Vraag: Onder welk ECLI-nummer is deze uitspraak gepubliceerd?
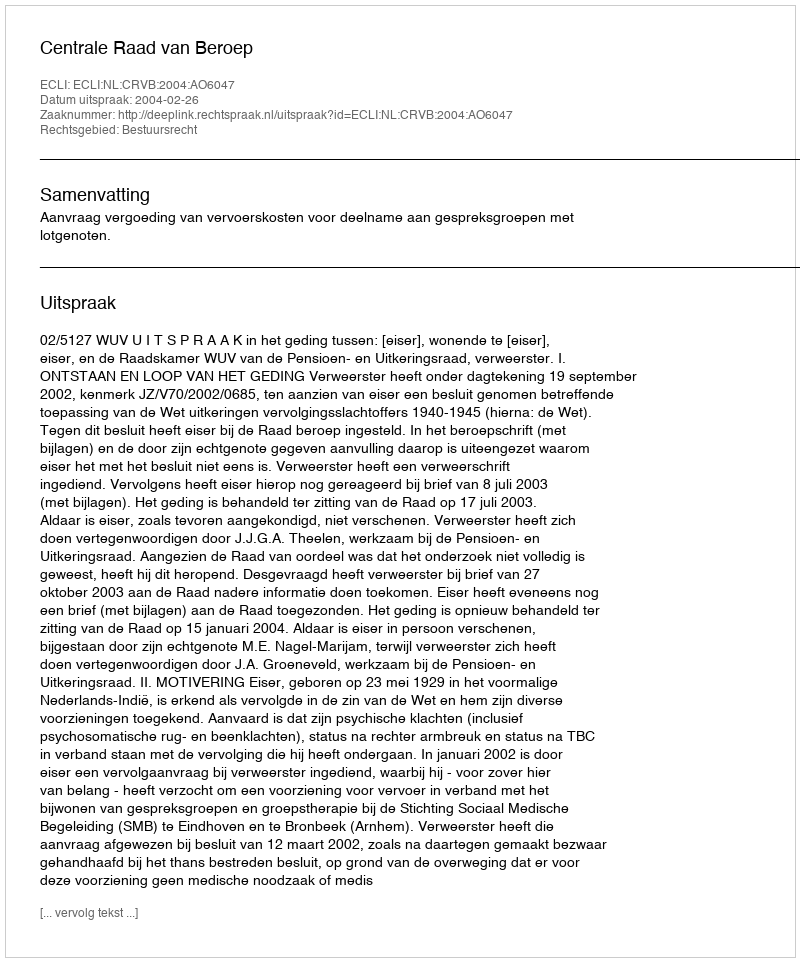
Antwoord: ECLI:NL:CRVB:2004:AO6047